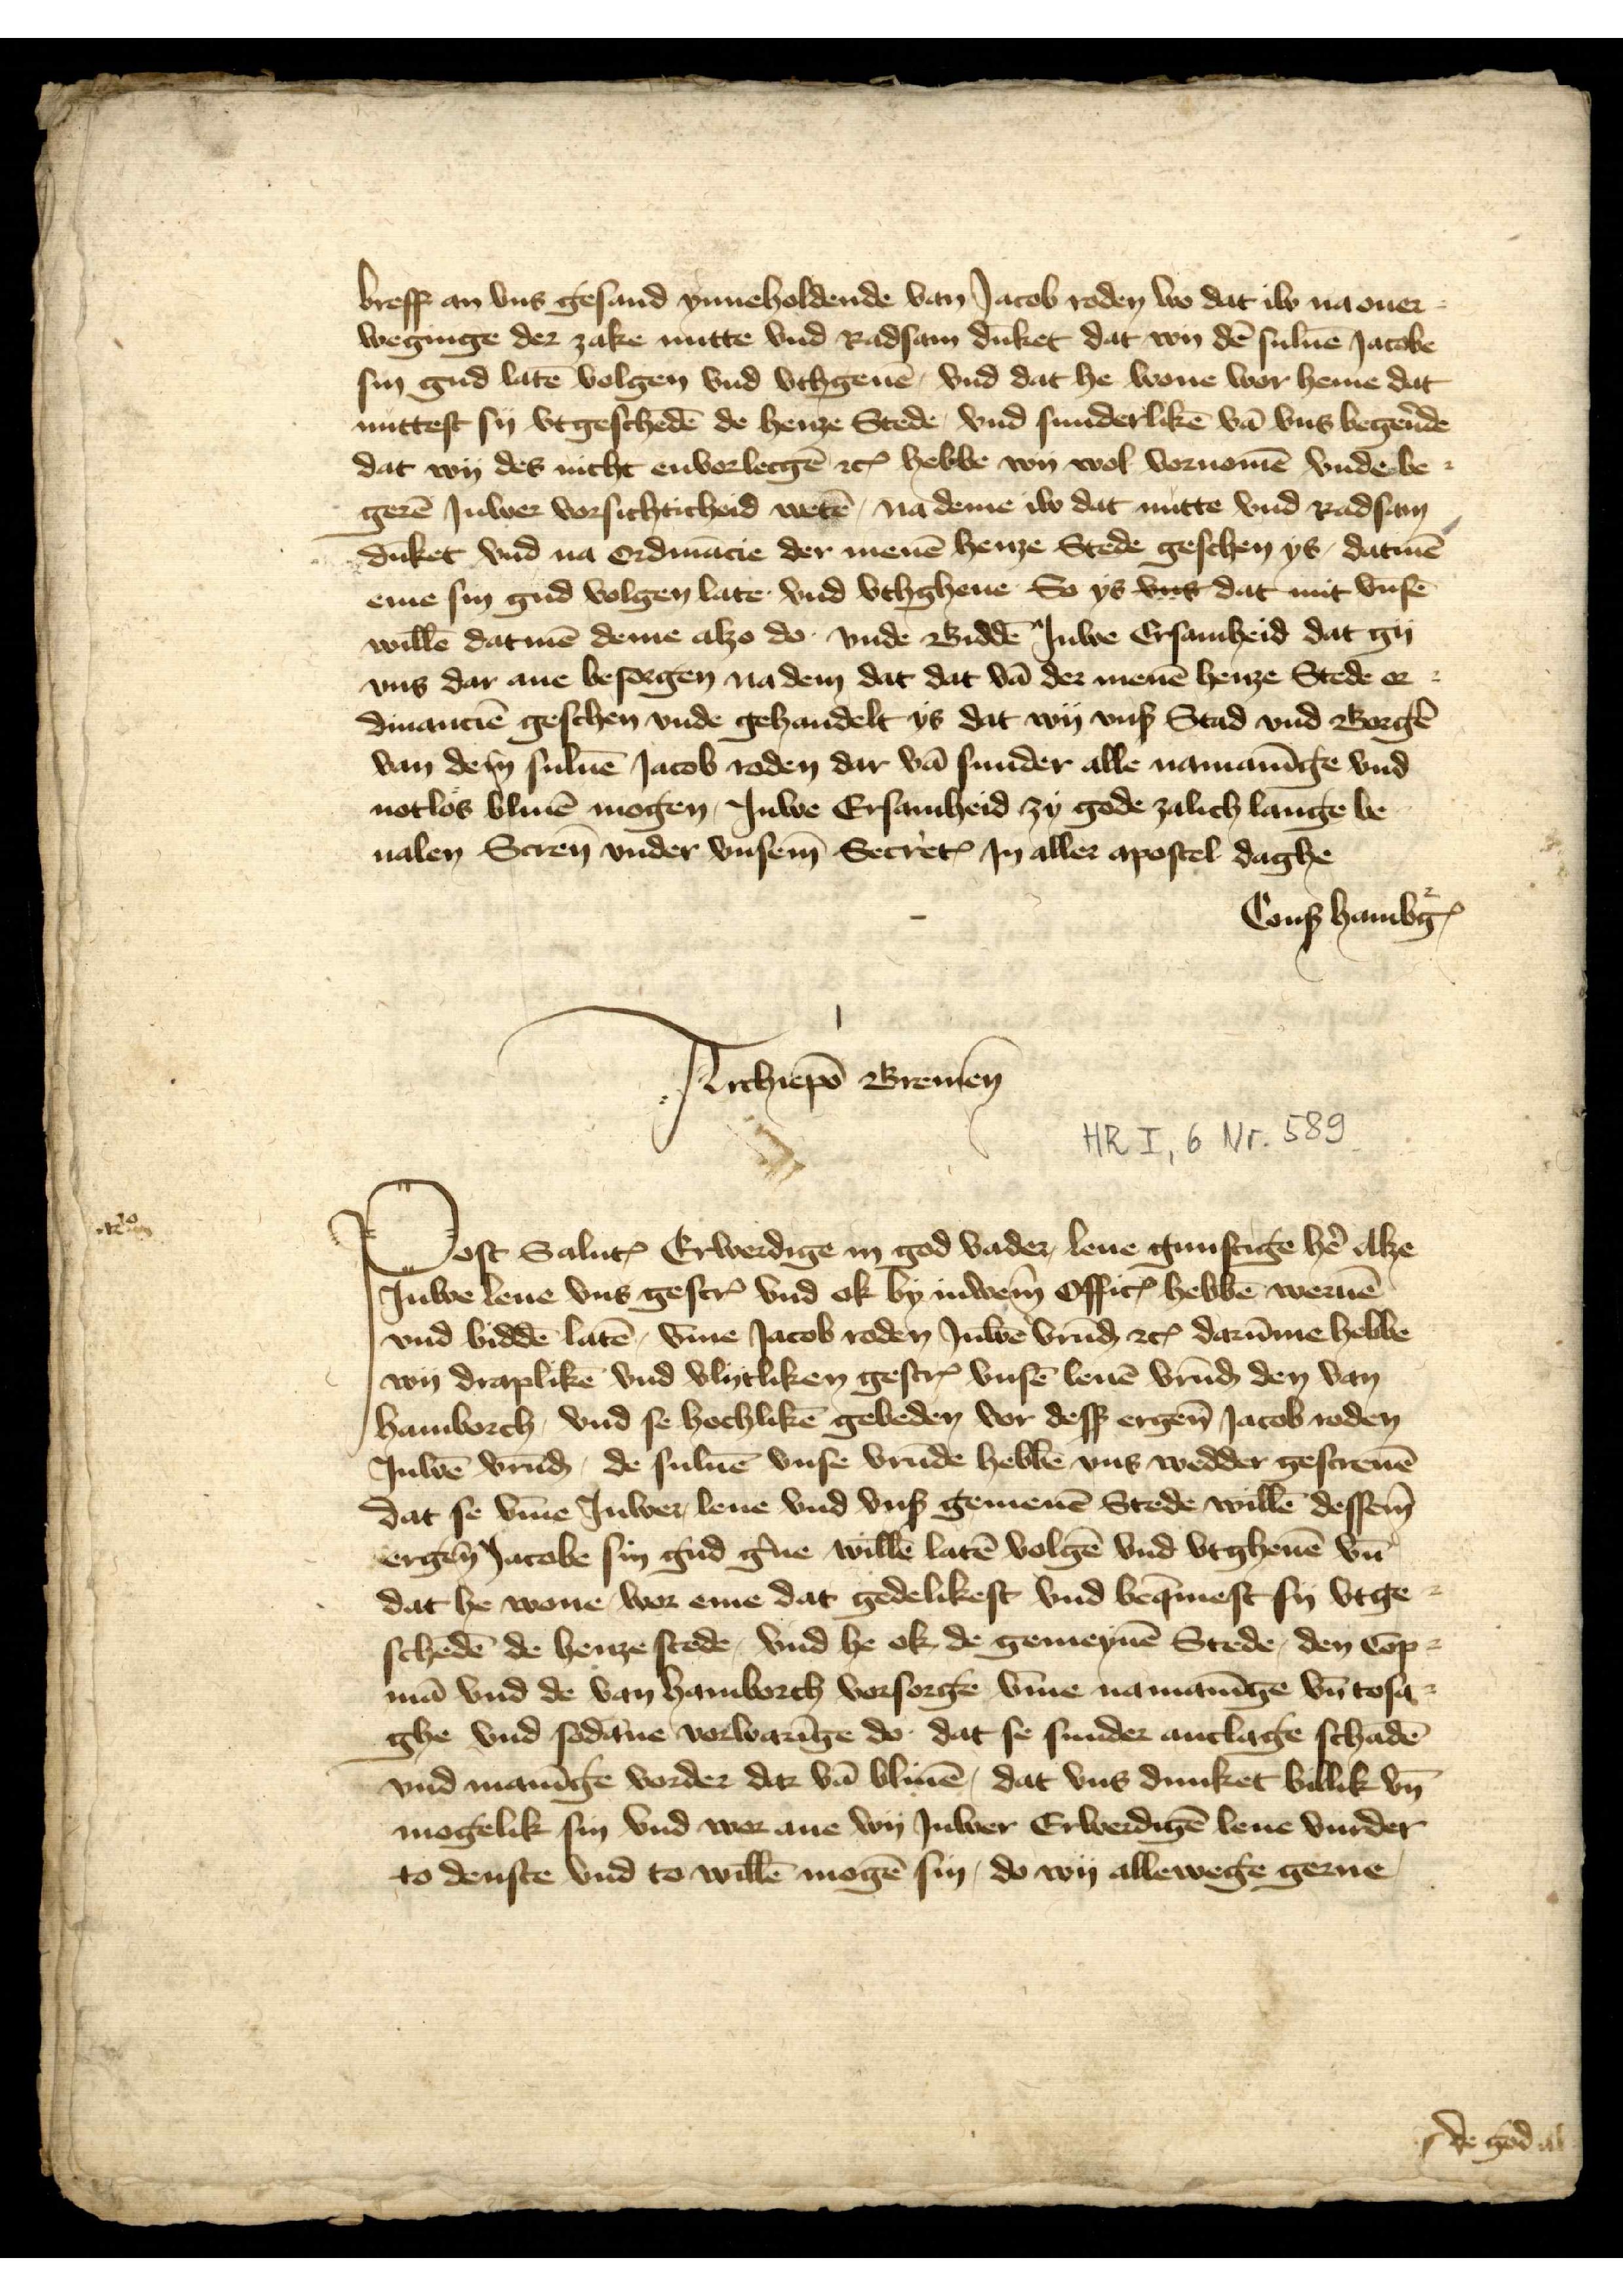
breff an vns gesand ynneholdene van Jacob Roden wo dat iw na ouer¬
weginge der zake nutte vnd Radsam dūket dat wy dē suluē Jacobe
sin gud latē volgen vnd vthgeuē, vnd dat he wone wor heme dat
nuttest sy vtgeschedē de henze Stede, vnd sunderlikē van vns begerẻde
dat wy des nicht envorlecgerē etꝬ hebbe wy wol vornomē vnde be¬
gerē Juwer vorsichticheid wetē, na deme iw dat nutte vnd Radsam
dūket vnd na Ordinācie der menen henze Stede geschen ys, datmē
eme sin gud volgen late vnd vthgheuen So ys vns dar mit vnsē
willē datmē deme alzo do vnde Biddē Juwe Ersamheid dat gy
vnd dar ane besoegen na dem dat dat vā der menē henze Stede or¬
dinanciē geschen vnde gehandelt ys dat wy vnß Stad vnd Borgẻ
van dem suluē Jacob Roden dar vā sunder alle namanīge vnd
notlos bliuē mogen, Juwe Ersamheid zy gode zalich lange be¬
ualen Screuē vnder vnsem SecretꝬ in aller apostel daghe
Conß HambgꝬ

Archiepō Bremen
Post Saluꝷ Erwerdige in god vader, leue gunstige hẻ alze
Juwe leue vns gescrꝬ vnd ok by iuwem OfficꝬ hebben wernē
vnd biddē latē, v̄me Jacob Roden Juwē vrūḑ etc darūme hebbe
wy draplikē vnd vlytliken gescrꝬ vnsē leuē vrūḑ den van
Hamborch, vnd se hochlikē gebeden vor desß ergen̄ Jacob Roden
Juwē vrūḑ, de suluē vnse vrūde hebbē vns wedder gescreuē
dat se v̄me Juwer leue vnd vnß gemenē Stede willē dessem
ergen̄ Jacobe sin gud g̉ne willē latē volgē vnd vtgheuē vn̄
dat he wone wor eme dat gedelikest vnd bequemest sy vtge¬
schedē de henze stede, vnd he ok de gemeynē Stede, den Cop¬
mā vnd de van Hamborch vorsorge v̄me namanīge vn̄ tosa¬
ghe vnd sodāne vorwarīge do dat se sunder anclage schadē
vnd manīge vorder dar vā bliuē, dat vns dunket billik vn̄
mogelik sin vnd wor ane wy Juwer Erwerdigē leue vurder
to denste vnd to willē mogē sin, do wy allewege gerne
de god al